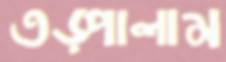
তড়্‌পালাম